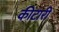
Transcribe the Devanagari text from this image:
कीटारी